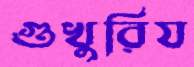
গুখুরিয